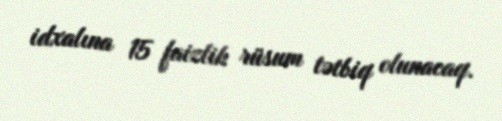
idxalına 15 faizlik rüsum tətbiq olunacaq.